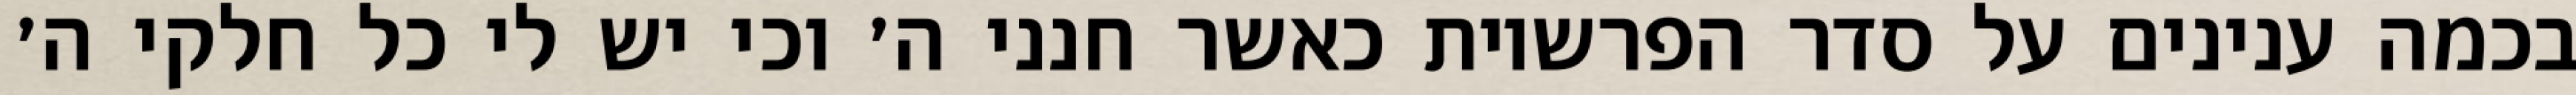
בכמה ענינים על סדר הפרשיות כאשר חנני ה׳ וכי יש לי כל חלקי ה׳